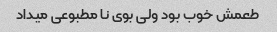
طعمش خوب بود ولی بوی نا مطبوعی میداد